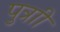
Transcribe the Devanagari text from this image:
पुत्राी